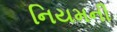
નિયમની